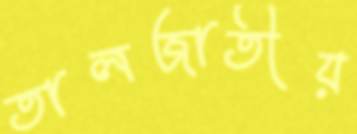
তালজাতীয়